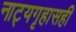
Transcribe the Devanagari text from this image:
नाट्यगृहासही